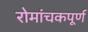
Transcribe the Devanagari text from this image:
रोमांचकपूर्ण